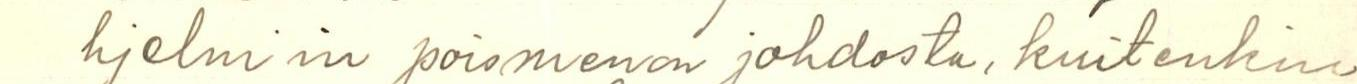
hjelm' in poismenon johdosta, kuitenkin